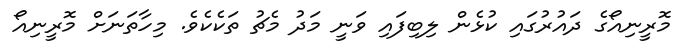
މޮރީނިއޯގެ ދައުރުގައި ކުޅެން ލިބިފައި ވަނީ މަދު މެޗު ތަކެކެވެ. މިހާތަނަށް މޮރީނިއޯ